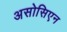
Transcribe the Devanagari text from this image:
असोसिएन